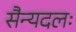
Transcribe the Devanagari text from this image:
सैन्यदलः